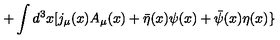
\, + \int d ^ { 3 } x [ j _ { \mu } ( x ) A _ { \mu } ( x ) + { \bar { \eta } } ( x ) \psi ( x ) + { \bar { \psi } } ( x ) \eta ( x ) \}